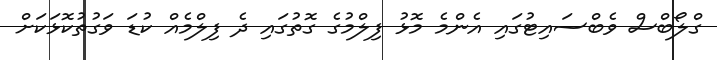
ގްލޯބްސް ވެބްސައިޓުގައި އެންމެ މޮޅު ފިލްމުގެ ގޮތުގައި ދެ ފިލްމެއް ކުޑަ ވަގުތުކޮޅަކަށް